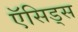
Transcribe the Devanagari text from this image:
ऍसिड्स